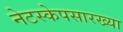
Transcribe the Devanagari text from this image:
नेटस्केपसारख्या